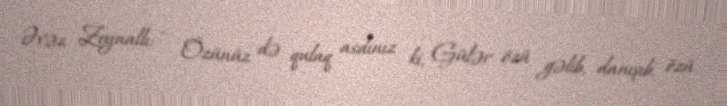
Əvəz Zeynallı: - Özünüz də qulaq asdınız ki, Gülər özü gəlib, danışıb, özü